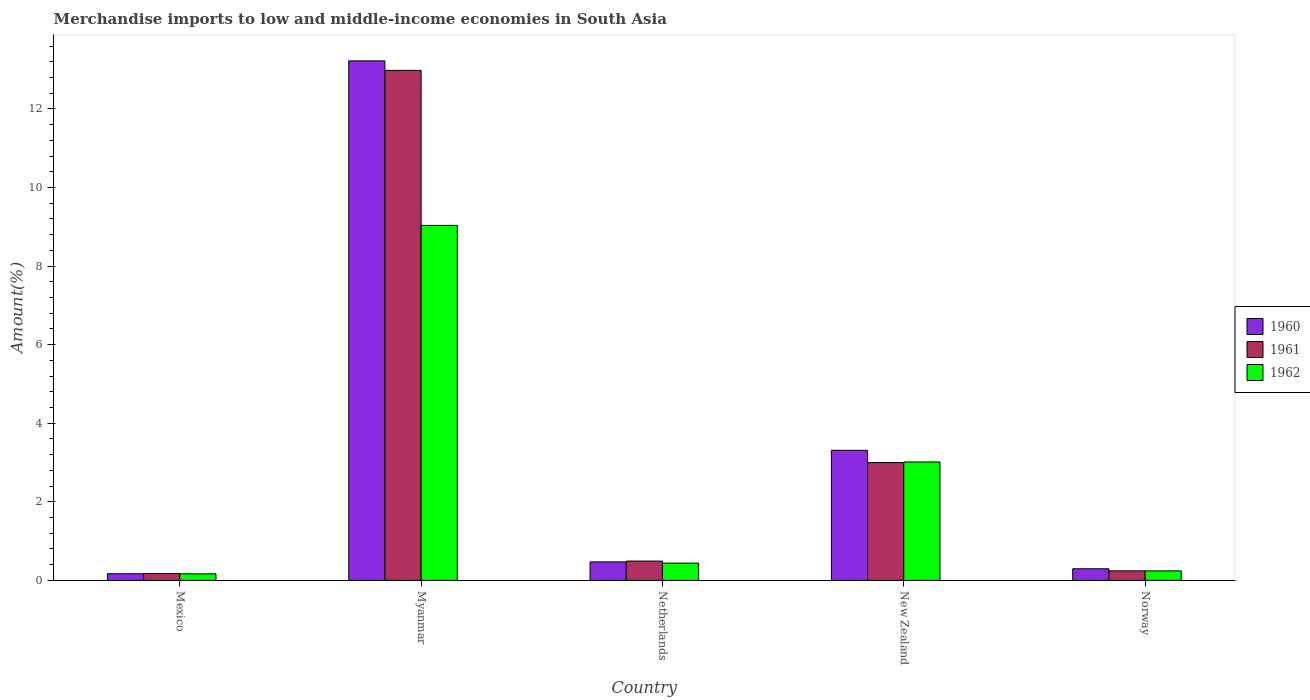
| Country | 1960 | 1961 | 1962 |
 | --- | --- | --- | --- |
 | Mexico | 0.169 | 0.176 | 0.167 |
 | Myanmar | 13.2 | 13 | 9.04 |
 | Netherlands | 0.47 | 0.492 | 0.441 |
 | New Zealand | 3.31 | 3 | 3.01 |
 | Norway | 0.296 | 0.242 | 0.242 |